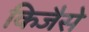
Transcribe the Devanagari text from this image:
किजैसे